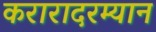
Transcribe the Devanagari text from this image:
करारादरम्यान